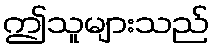
ဤသူများသည်